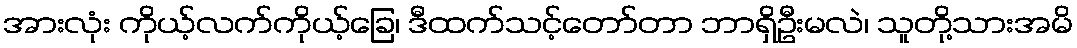
အားလုံး ကိုယ့်လက်ကိုယ့်ခြေ၊ ဒီထက်သင့်တော်တာ ဘာရှိဦးမလဲ၊ သူတို့သားအမိ